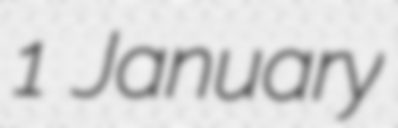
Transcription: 1 January